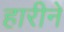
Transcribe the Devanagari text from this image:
हारीने